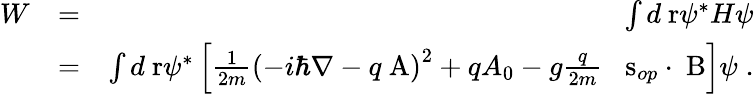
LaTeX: \begin{array}{rlr}{W}&{=}&{\int d\mathrm{\mathbf~r}\psi^{*}H\psi}\\ &{=}&{\int d\mathrm{\mathbf~r}\psi^{*}\left[\frac{1}{2m}\left(-i\hbar\nabla-q\mathrm{\mathbf~A}\right)^{2}+qA_{0}-g\frac{q}{2m}\; \; \mathrm{\mathbf~s}_{op}\cdot\mathrm{\mathbf~B}\right]\psi\; .}\end{array}